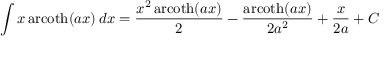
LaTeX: \int x \operatorname { a r c o t h } ( a x ) \, d x = { \frac { x ^ { 2 } \operatorname { a r c o t h } ( a x ) } { 2 } } - { \frac { \operatorname { a r c o t h } ( a x ) } { 2 a ^ { 2 } } } + { \frac { x } { 2 a } } + C